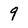
Character: 9